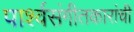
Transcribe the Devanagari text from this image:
पार्श्वसंगीतकारांची